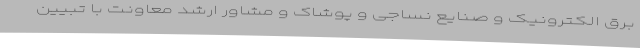
برق الکترونیک و صنایع نساجی و پوشاک و مشاور ارشد معاونت با تبیین